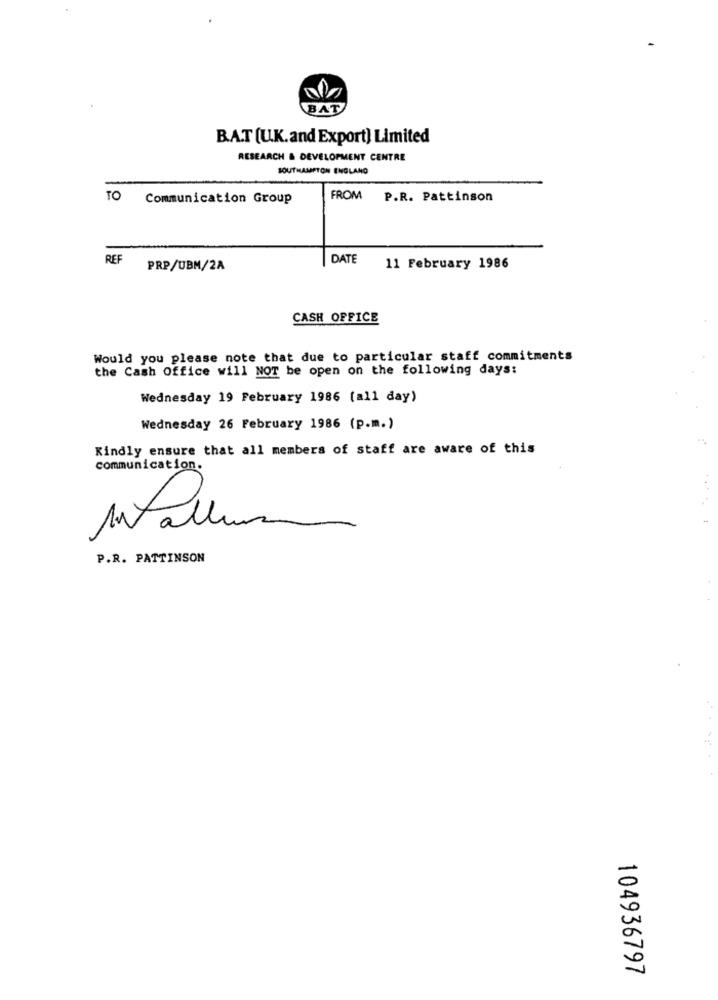
BAT
BAT (U.K.and Export) Limited
RESEARCH & DEVELOPMENT CENTRE
SOUTHAMPTON ENGLAND
TO
Communication Group
FROM
P.R. Pattinson
REF
DATE
PRP/UBM/2A
11 February 1986
CASH OFFICE
Would you please note that due to particular staff commitments
the Cash Office will NOT be open on the following days:
Wednesday 19 February 1986 (all day)
Wednesday 26 February 1986 (p.m.)
Kindly ensure that all members of staff are aware of this
communication.
P.R. PATTINSON
-
0
104936797